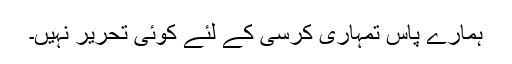
ہمارے پاس تمہاری کرسی کے لئے کوئی تحریر نہیں۔